Medical and sanitary report of the native army of Bengal for the year
Year: 1878
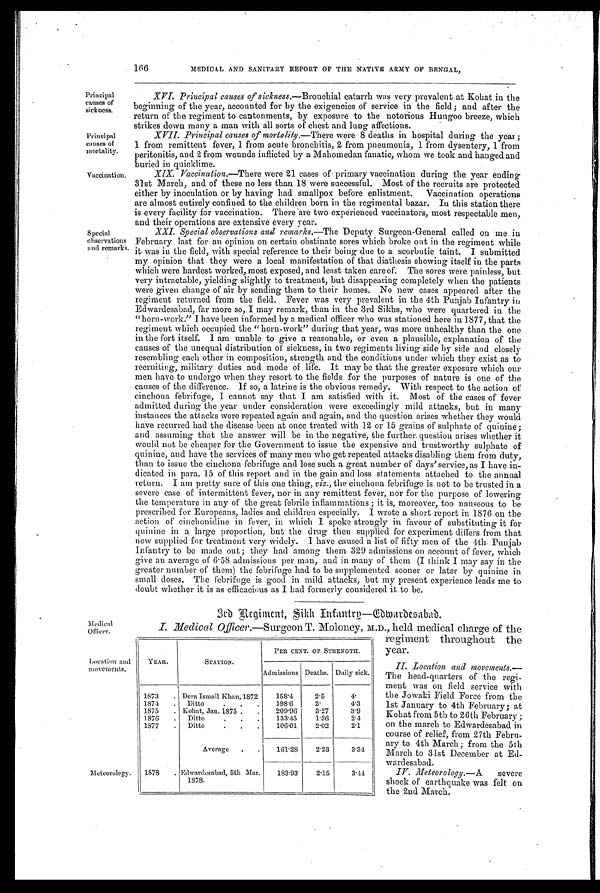
166
MEDICAL AND SANITARY REPORT OF THE NATIVE ARMY OF BENGAL,
Principal
causes of
sickness.
XVI. Principal causes of sickness. — B r o n c h i a l c a t a r r h w a s v e r y p r e v a l e n t a t K o h a t i n t h e
beginning of the year, accounted for by the exigencies of service in the field; and after the
return of the regiment to cantonments, by exposure to the notorious Hungoo breeze, which
strikes down many a man with all sorts of chest and lung affections.
Principal
causes of
mortality.
XVII. Principal causes of mortality.— There were 8 deaths in hospital during the year ;
1 from remittent fever, 1 from acute bronchitis, 2 from pneumonia, 1 from dysentery, 1 from
peritonitis, and 2 from wounds inflicted by a Mahomedan fanatic, whom we took and hanged and
buried in quicklime.
Vaccination.
XIX. Vaccination. —There were 21 cases of primary vaccination during the year ending
31st March, and of these no less than 18 were successful. Most of the recruits are protected
either by inoculation or by having had smallpox before enlistment. Vaccination operations
are almost entirely confined to the children born in the regimental bazar. In this station there
is every facility for vaccination. There are two experienced vaccinators, most respectable men,
and their operations are extensive every year.
Special
observations
and remarks.
XXI. Special observations and remarks.— T h e D e p u t y S u r g e o n - G e n e r a l c a l l e d o n m e i n
February last for an opinion on certain obstinate sores which broke out in the regiment while
it was in the field, with special reference to their being due to a scorbutic taint. I submitted
my opinion that they were a local manifestation of that diathesis showing itself in the parts
which were hardest worked, most exposed, and least taken care of. The sores were painless, but
very intractable, yielding slightly to treatment, but disappearing completely when the patients
were given change of air by sending them to their homes. No new cases appeared after the
regiment returned from the field. Fever was very prevalent in the 4th Punjab Infantry in
Edwardesabad, far more so, I may remark, than in the 3rd Sikhs, who were quartered in the
" h o r n - w o r k . " I h a v e b e e n i n f o r m e d b y a m e d i c a l o f f i c e r w h o w a s s t a t i o n e d h e r e i n 1 8 7 7 , t h a t t h e
regiment which occupied the "horn-work" during that year, was more unhealthy than the one
in the fort itself. I am unable to give a reasonable, or even a plausible, explanation of the
causes of the unequal distribution of sickness, in two regiments living side by side and closely
resembling each other in composition, strength and the conditions under which they exist as to
recruiting, military duties and mode of life. It may be that the greater exposure which our
men have to undergo when they resort to the fields for the purposes of nature is one of the
causes of the difference. If so, a latrine is the obvious remedy. With respect to the action of
cinchona febrifuge, I cannot say that I am satisfied with it. Most of the cases of fever
admitted during the year under consideration were exceedingly mild attacks, but in many
instances the attacks were repeated again and again, and the question arises whether they would
have recurred had the disease been at once treated with 12 or 15 grains of sulphate of quinine;
and assuming that the answer will be in the negative, the further question arises whether it
would not be cheaper for the Government to issue the expensive and trustworthy sulphate of
quinine, and have the services of many men who get repeated attacks disabling them from duty,
than to issue the cinchona febrifuge and lose such a great number of days' service, as I have in-
dicated in para. 15 of this report and in the gain and loss statements attached to the annual
return. I am pretty sure of this one thing, viz., the cinchona febrifuge is not to be trusted in a
severe case of intermittent fever, nor in any remittent fever, nor for the purpose of lowering
the temperature in any of the great febrile inflammations ; it is, moreover, too nauseous to be
prescribed for Europeans, ladies and children especially. I wrote a short report in 1876 on the
action of cinchonidine in fever, in which I spoke strongly in favour of substituting it for
quinine in a large proportion, but the drug then supplied for experiment differs from that
now supplied for treatment very widely. I have caused a list of fifty men of the 4th Punjab
Infantry to be made out ; they had among them 329 admissions on account of fever, which
give an average of 6.58 admissions per man, and in many of them (I think I may say in the
greater number of them) the febrifuge had to be supplemented sooner or later by quinine in
small doses. The febrifuge is good in mild attacks, but my present experience leads me to
doubt whether it is as efficacious as I had formerly considered it to be.
3rd Regiment, Sikh Infantry—Edmardesabad.
Medical
Officer.
I. Medical Officer.— S u r g e o n T . M o l o n e y , M . D . , h e l d m e d i c a l c h a r g e o f t h e
regiment throughout the
year.
Location and
movements.
II. Location and movements. —
The head-quarters of the regi-
ment was on field service with
the Jowaki Field Force from the
1st January to 4th February; at
Kohat from 5th to 26th February ;
on the march to Edwardesabad in
course of relief, from 27th Febru-
ary to 4th March ; from the 5th
March to 31st December at Ed-
wardesabad.
Meteorology.
IV. Meteorology. —A severe
shock of earthquake was felt on
the 2nd March.
YEAR.
STATION.
PER CENT. OF STRENGTH.
Admissions Deaths. Daily sick.
1873
. Dora Ismail Khan, 1872
158.4
2.5
4.
1874
. Ditto
198.6
2.
4.3
1675
. Kohat, Jan. 1875 .
.
209.96
3.27
3.9
1876
.
Ditto
. . .
133.45
1.36
2.4
1877
. Ditto
. . .
106.01
2.02
2.1
Average
.
.
161.28
2.23
3.34
1878
. Edwardesabad, 5th Mar.
1878.
183.93
2.15
3.44